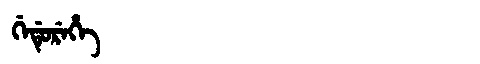
Manchu: ᡤᡝᡩᡠᡵᡝᡥᡝ
Romanization: GEDUREHE